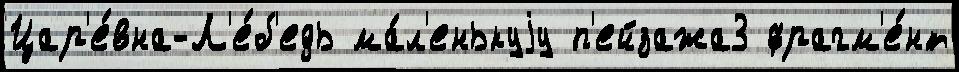
Цар'е́вна-Л'е́б'едь ма́л'енькуjу п'ейзажа3 фрагм'е́нт